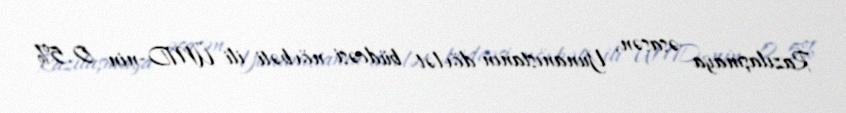
Razılaşmaya əsasən, Yunanıstanın dövlət büdcəsi növbəti ili ÜMD-nin 0.5%